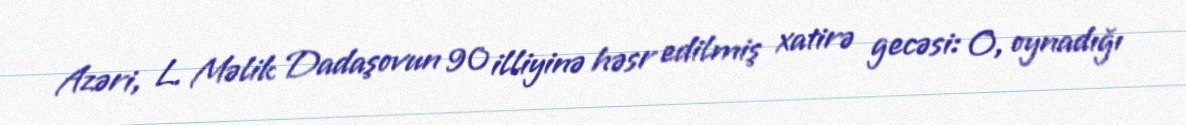
Azəri, L. Məlik Dadaşovun 90 illiyinə həsr edilmiş xatirə gecəsi: O, oynadığı